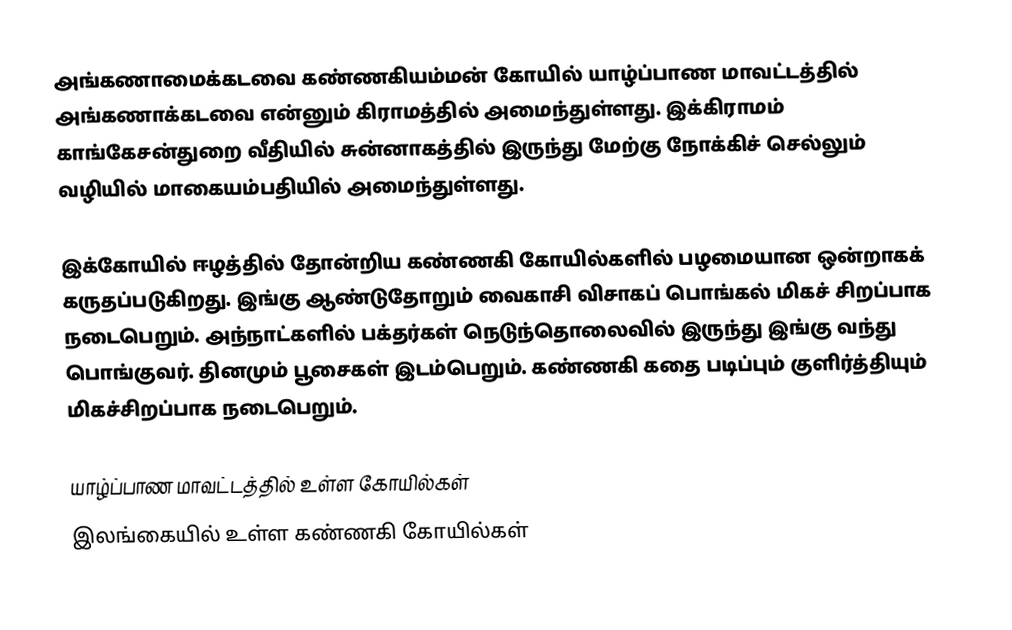
அங்கணாமைக்கடவை கண்ணகியம்மன் கோயில் யாழ்ப்பாண மாவட்டத்தில் அங்கணாக்கடவை என்னும் கிராமத்தில் அமைந்துள்ளது. இக்கிராமம் காங்கேசன்துறை வீதியில் சுன்னாகத்தில் இருந்து மேற்கு நோக்கிச் செல்லும் வழியில் மாகையம்பதியில் அமைந்துள்ளது.

இக்கோயில் ஈழத்தில் தோன்றிய கண்ணகி கோயில்களில் பழமையான ஒன்றாகக் கருதப்படுகிறது. இங்கு ஆண்டுதோறும் வைகாசி விசாகப் பொங்கல் மிகச் சிறப்பாக நடைபெறும். அந்நாட்களில் பக்தர்கள் நெடுந்தொலைவில் இருந்து இங்கு வந்து பொங்குவர். தினமும் பூசைகள் இடம்பெறும். கண்ணகி கதை படிப்பும் குளிர்த்தியும் மிகச்சிறப்பாக நடைபெறும்.

யாழ்ப்பாண மாவட்டத்தில் உள்ள கோயில்கள்
இலங்கையில் உள்ள கண்ணகி கோயில்கள்